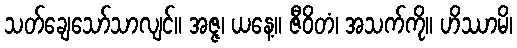
သတ်ချေသော်သာလျင်။ အဇ္ဇ၊ ယနေ့။ ဇီဝိတံ၊ အသက်ကို။ ဟိဿာမိ၊